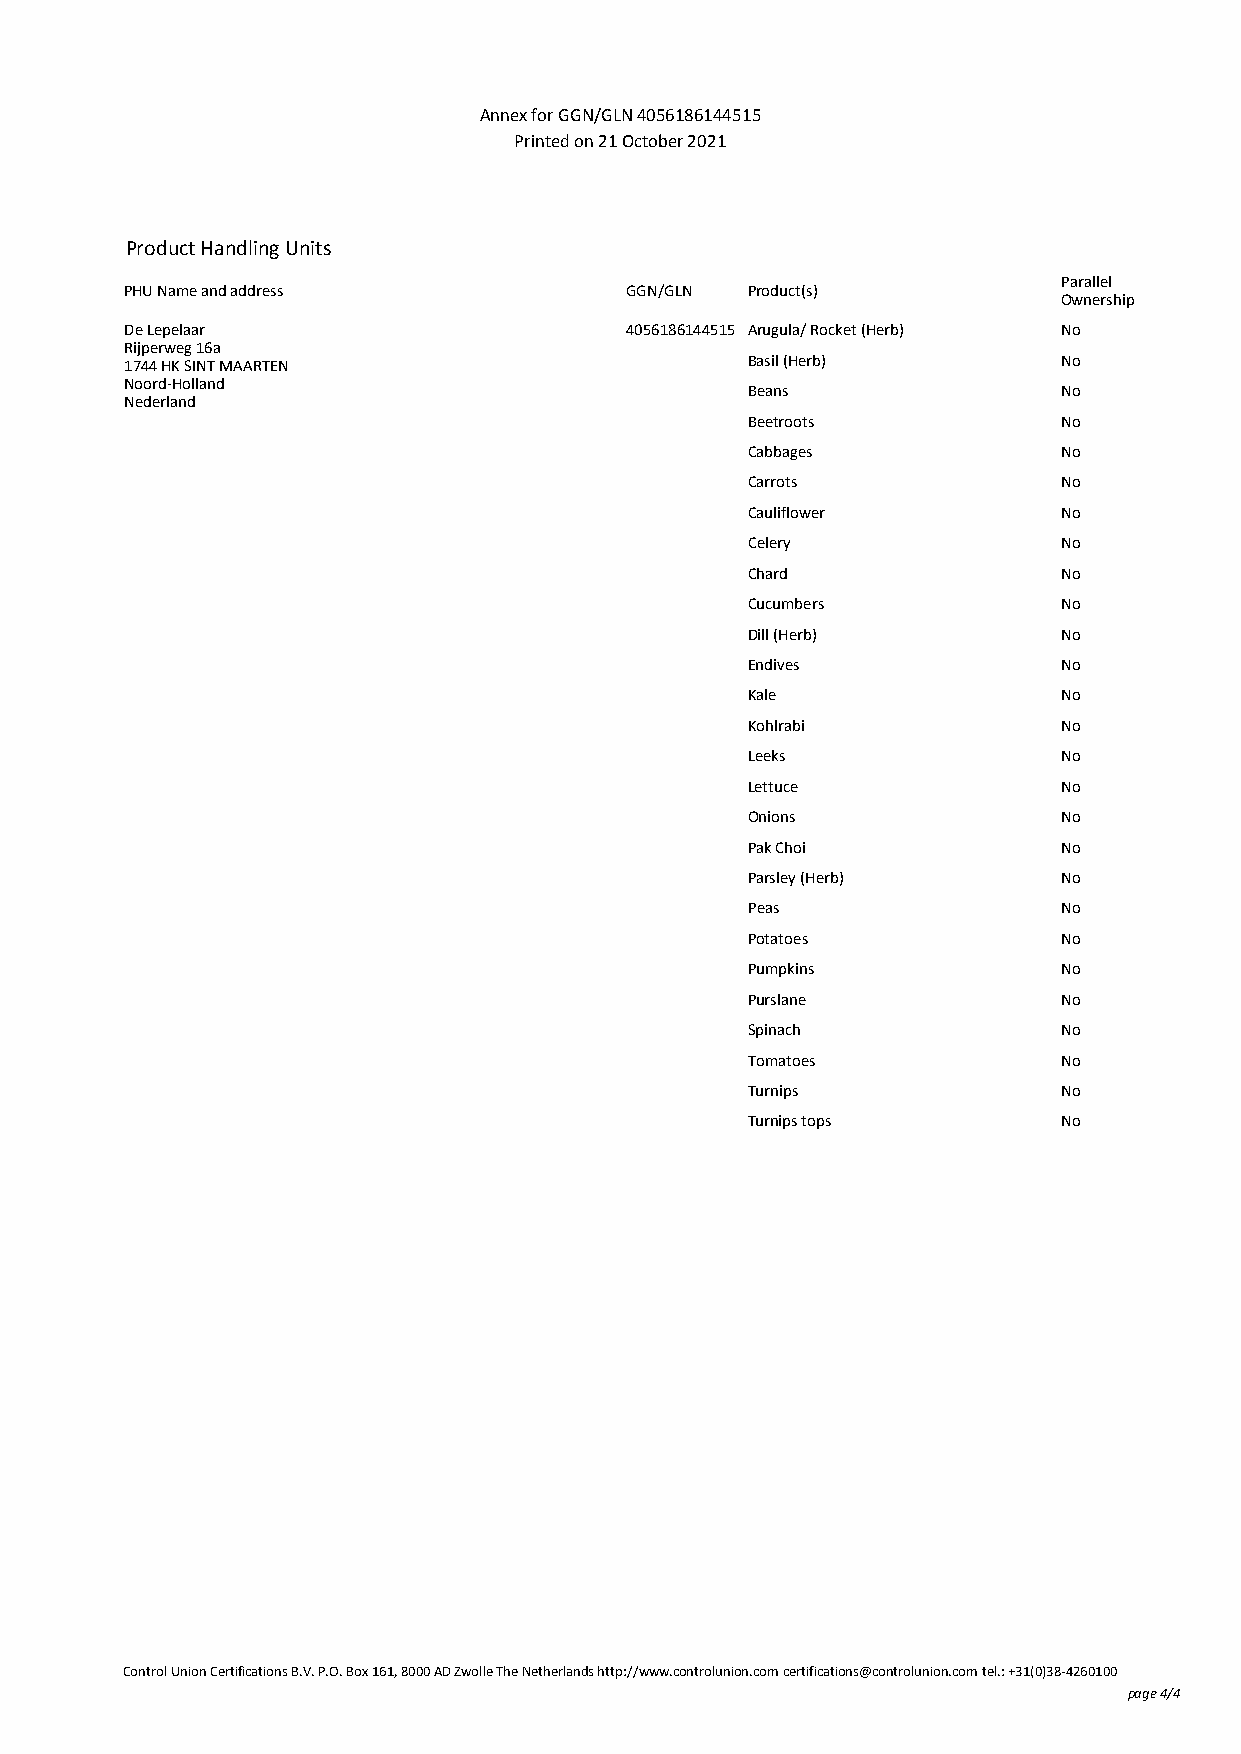
Annex for GGN/GLN 4056186144515
 Printed on 21 October 2021
 Product Handling Units
 Parallel
 PHU Name and address             GGN/GLN Product(s)
 Ownership
 De Lepelaar                      4056186144515 Arugula/ Rocket (Herb) No
 Rijperweg 16a
 1744 HK SINT MAARTEN                     Basil (Herb)         No
 Noord-Holland
 Beans                No
 Nederland
 Beetroots            No
 Cabbages             No
 Carrots              No
 Cauliflower          No
 Celery               No
 Chard                No
 Cucumbers            No
 Dill (Herb)          No
 Endives              No
 Kale                 No
 Kohlrabi             No
 Leeks                No
 Lettuce              No
 Onions               No
 Pak Choi             No
 Parsley (Herb)       No
 Peas                 No
 Potatoes             No
 Pumpkins             No
 Purslane             No
 Spinach              No
 Tomatoes             No
 Turnips              No
 Turnips tops         No
 Control Union Certifications B.V. P.O. Box 161, 8000 AD Zwolle The Netherlands http://www.controlunion.com certifications@controlunion.com tel.: +31(0)38-4260100
 page 4/4